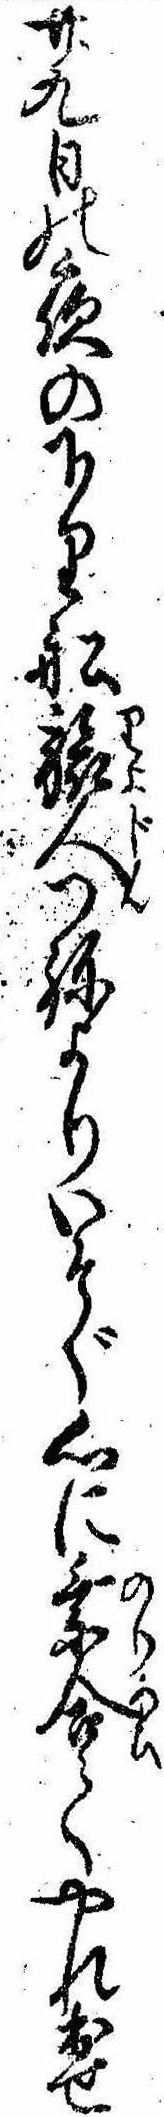
廿九日の夜の下り船旅人つねよりいそぐ心に乗合てやれ出せ